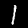
Label: 1